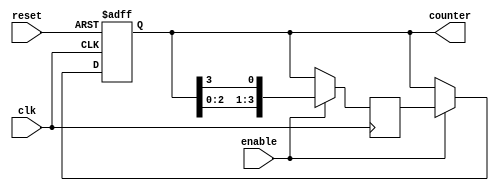
module JohnsonCounter (
    input wire clk,
    input wire reset,
    input wire enable,
    output reg [3:0] counter
);

reg [3:0] next_counter;

always @(posedge clk or posedge reset) begin
    if (reset) begin
        counter <= 4'b0000;
    end else if (enable) begin
        counter <= next_counter;
    end
end

always @(posedge clk) begin
    if (enable) begin
        next_counter <= {counter[2:0], counter[3]};
    end else begin
        next_counter <= counter;
    end
end

endmodule